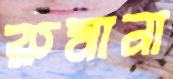
রুমানা